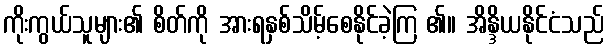
ကိုးကွယ်သူများ၏ စိတ်ကို အားရနှစ်သိမ့်စေနိုင်ခဲ့ကြ ၏။ အိန္ဒိယနိုင်ငံသည်